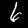
Digit: 6